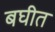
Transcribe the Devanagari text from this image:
बघीत